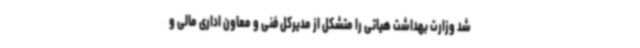
شد وزارت بهداشت هیاتی را متشکل از مدیرکل فنی و معاون اداری مالی و